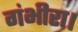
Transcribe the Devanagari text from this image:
गंभीरा।